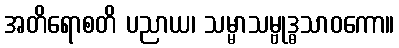
အတိရောစတိ ပညာယ၊ သမ္မာသမ္ဗုဒ္ဓသာဝကော။